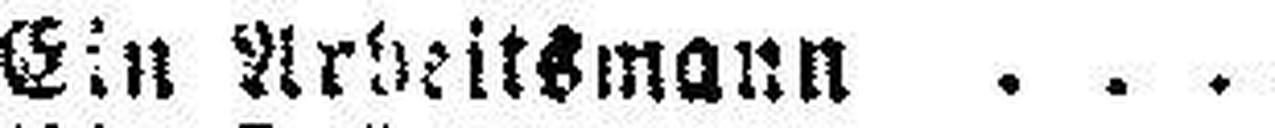
Ein Arbeitsmann